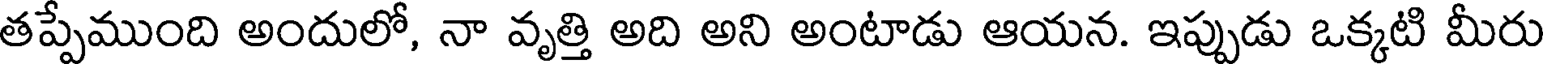
తప్పేముంది అందులో, నా వృత్తి అది అని అంటాడు ఆయన. ఇప్పుడు ఒక్కటి మీరు